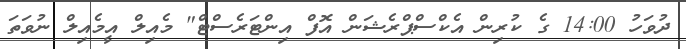
ދުވަހު 14:00 ގެ ކުރިން އެކްސްޕްރެޝަން އޮފް އިންޓަރެސްޓް" މެއިލް އީމެއިލް ނުވަތަ